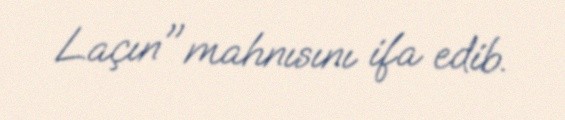
Laçın" mahnısını ifa edib.